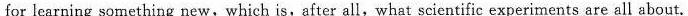
for learning something new,which is,aiter all,what scientific experiments are all about,